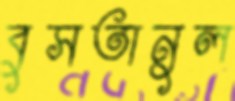
বুসতানুল